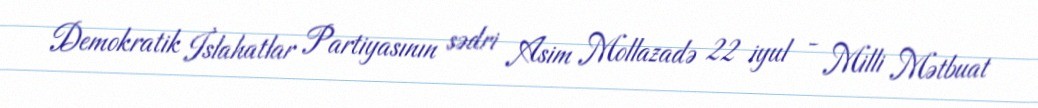
Demokratik İslahatlar Partiyasının sədri Asim Mollazadə 22 iyul - Milli Mətbuat